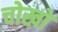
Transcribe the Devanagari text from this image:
चोखो